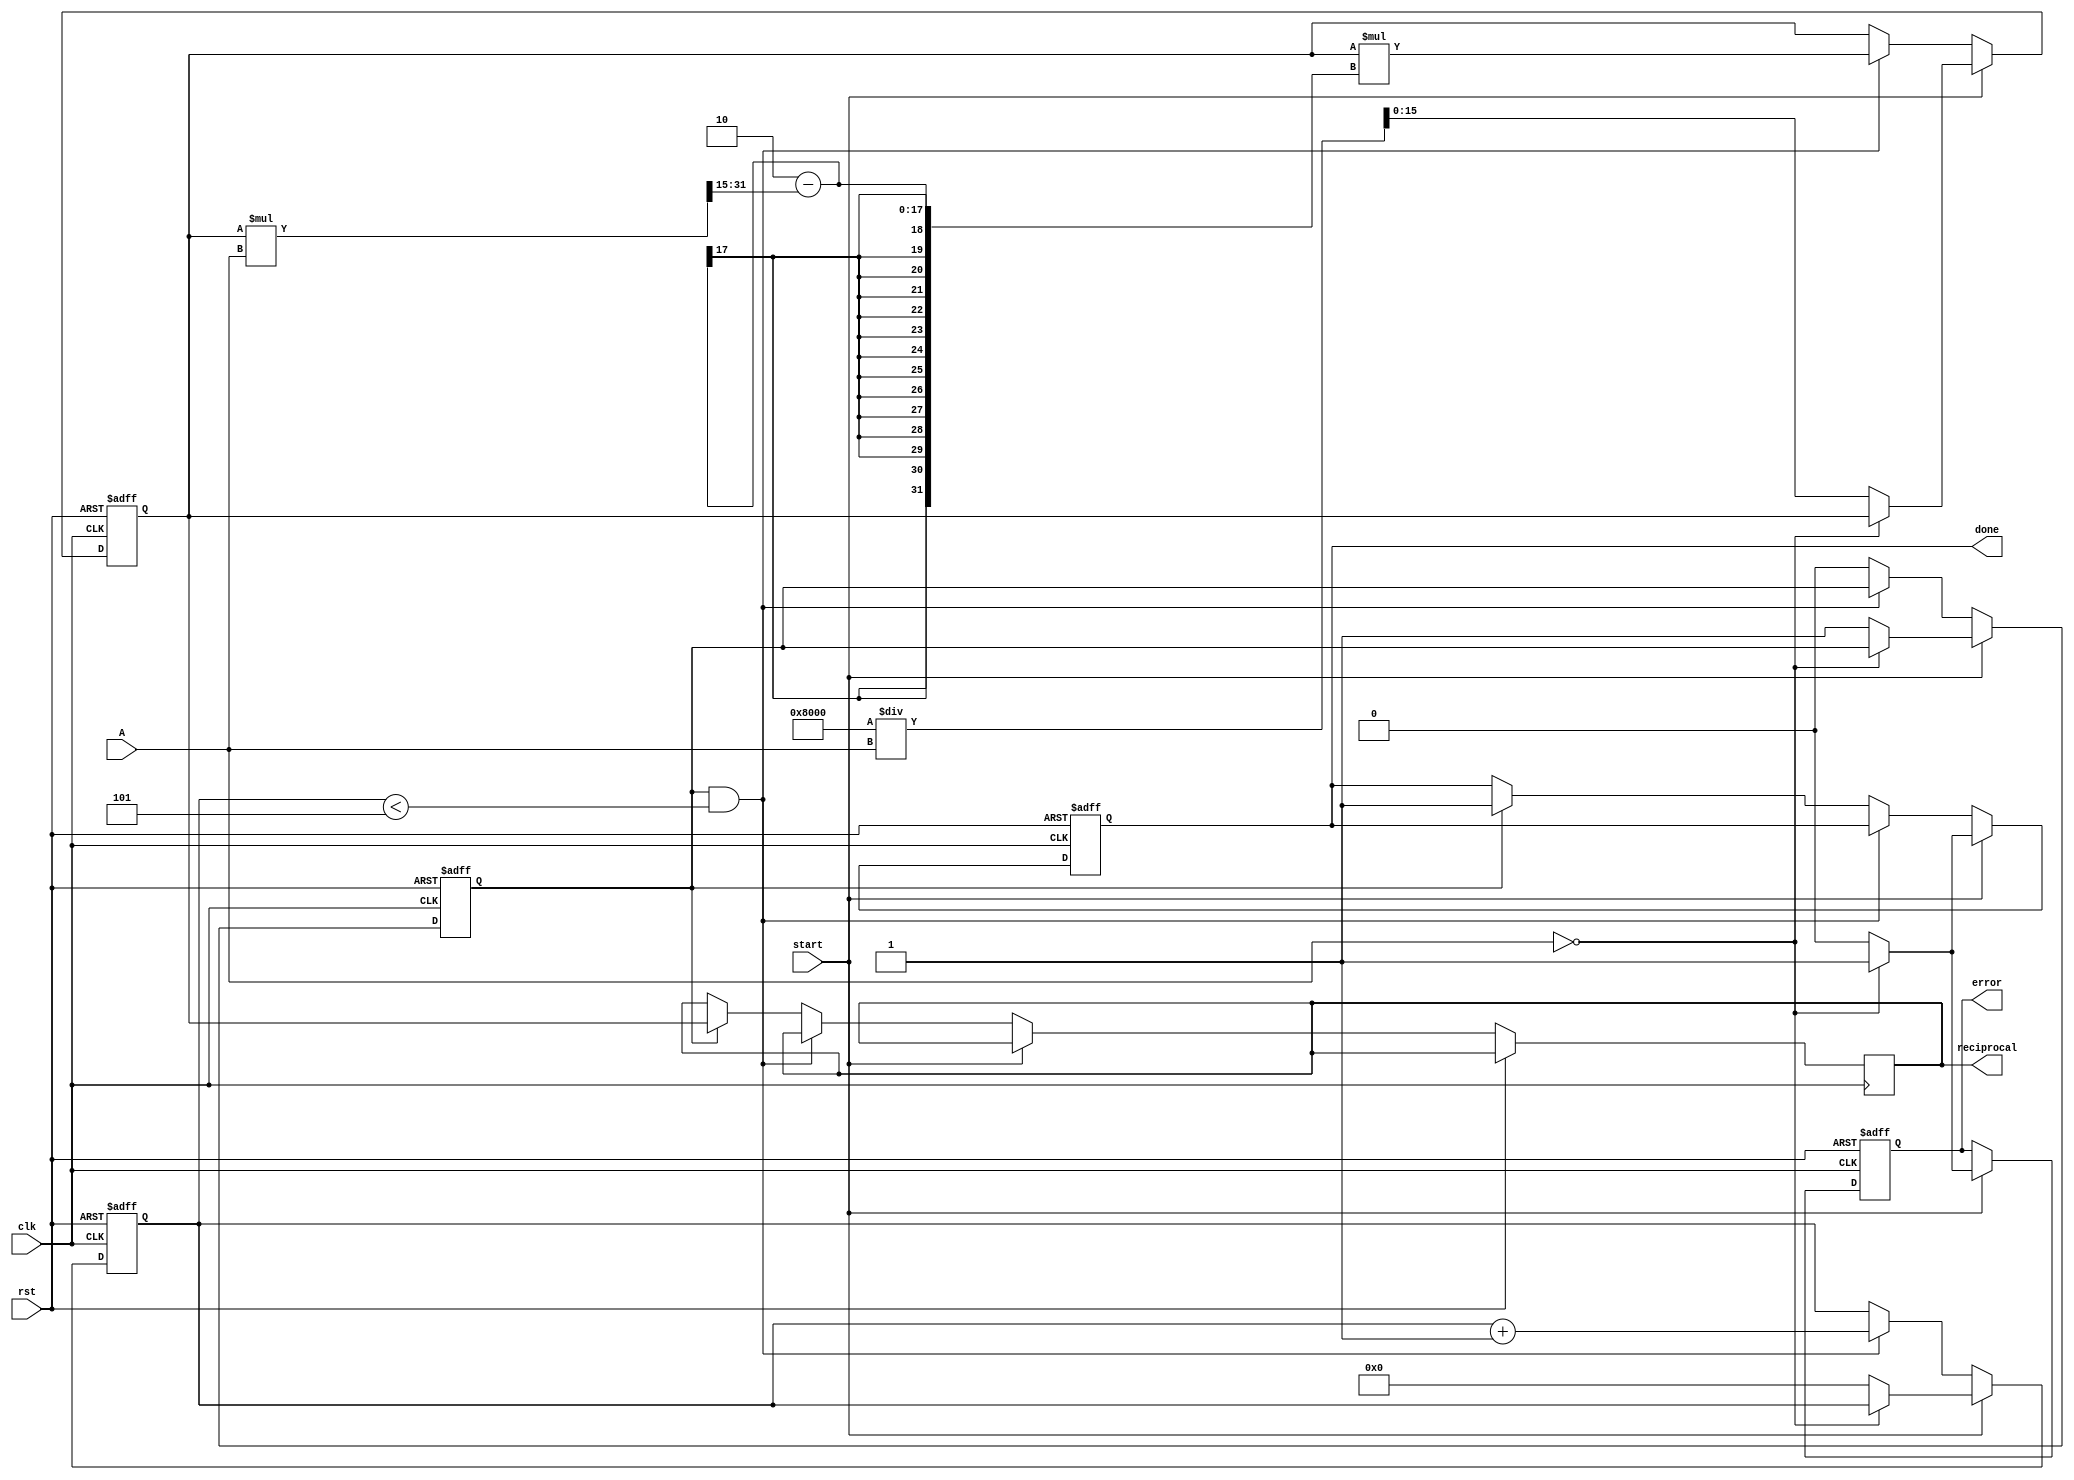
module iterative_reciprocal #(
    parameter N = 16, // Bit-width of input
    parameter M = 16, // Bit-width of output
    parameter ITERATIONS = 5 // Number of iterations for convergence
)(
    input wire clk,
    input wire rst,
    input wire start,
    input wire [N-1:0] A, // Input value
    output reg [M-1:0] reciprocal, // Output reciprocal
    output reg done, // Signal when computation is done
    output reg error // Signal for error (e.g., division by zero)
);

    reg [M-1:0] x_n; // Current estimate of the reciprocal
    reg [M-1:0] x_n_next; // Next estimate of the reciprocal
    reg [3:0] iteration_count; // Iteration counter
    reg valid_input; // Flag for valid input

    // Initial estimate generation (using a simple fixed-point approximation)
    function [M-1:0] initial_estimate(input [N-1:0] A);
        begin
            if (A == 0) begin
                initial_estimate = {M{1'b0}}; // Return zero for zero input
            end else begin
                initial_estimate = (1 << (M-1)) / A; // Simple initial estimate
            end
        end
    endfunction

    // Iterative computation
    always @(posedge clk or posedge rst) begin
        if (rst) begin
            x_n <= 0;
            iteration_count <= 0;
            done <= 0;
            error <= 0;
            valid_input <= 0;
        end else if (start) begin
            if (A == 0) begin
                error <= 1; // Set error for zero input
                done <= 1;
            end else begin
                x_n <= initial_estimate(A);
                iteration_count <= 0;
                valid_input <= 1;
                error <= 0;
                done <= 0;
            end
        end else if (valid_input && iteration_count < ITERATIONS) begin
            // Update the estimate using the Newton-Raphson formula
            x_n_next = x_n * (2 - (x_n * A >> (N-1))); // Fixed-point multiplication
            x_n <= x_n_next;
            iteration_count <= iteration_count + 1;
        end else if (valid_input) begin
            reciprocal <= x_n; // Final result
            done <= 1; // Signal that computation is done
            valid_input <= 0; // Reset valid input flag
        end
    end

endmodule